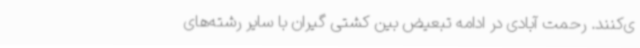
ی‌کنند. رحمت آبادی در ادامه تبعیض بین کشتی گیران با سایر رشته‌های